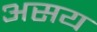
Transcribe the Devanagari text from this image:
असय